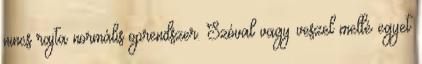
nincs rajta normális oprendszer. Szóval vagy veszel mellé egyet